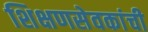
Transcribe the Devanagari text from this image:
शिक्षणसेवकांची